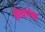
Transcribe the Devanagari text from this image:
शैवपंथ